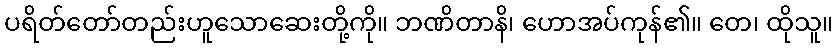
ပရိတ်တော်တည်းဟူသောဆေးတို့ကို။ ဘဏိတာနိ၊ ဟောအပ်ကုန်၏။ တေ၊ ထိုသူ။